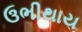
ઉભીથાય